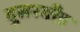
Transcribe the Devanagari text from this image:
दुसरबीड